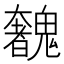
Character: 𩴟